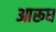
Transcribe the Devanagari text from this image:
आरूध